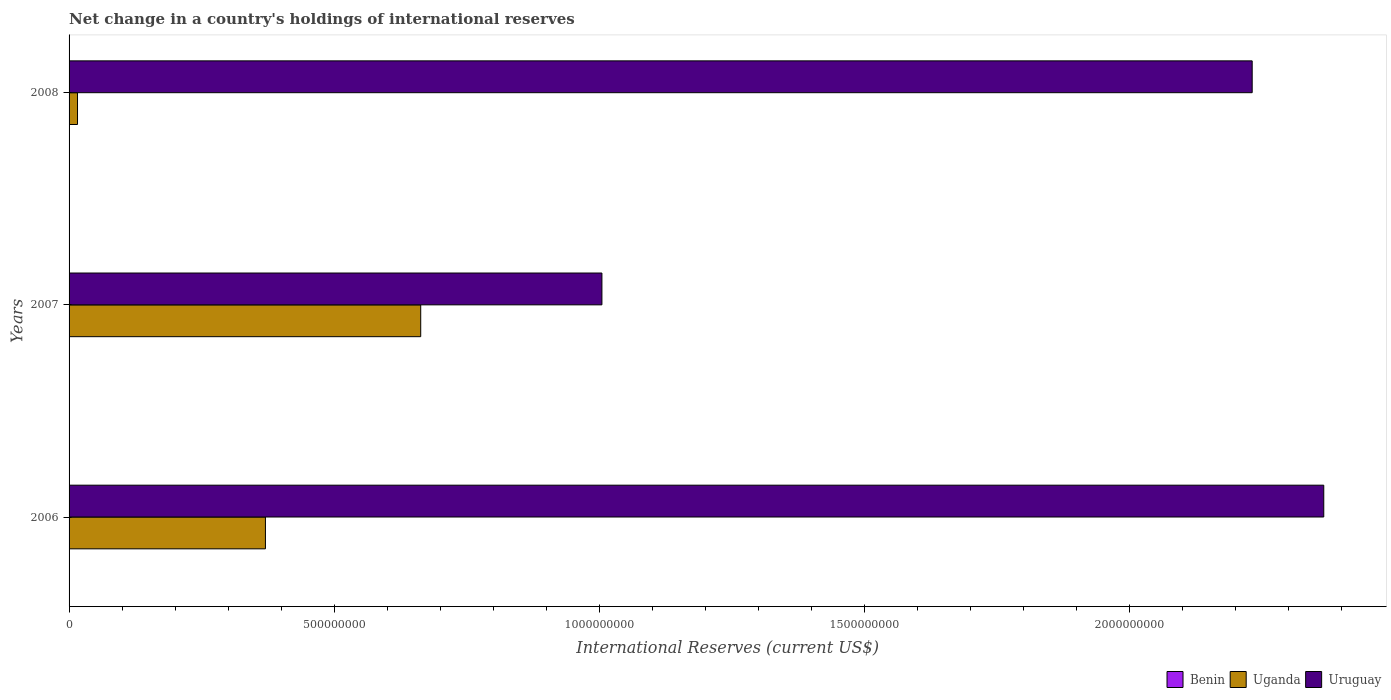
| Years | Benin | Uganda | Uruguay |
 | --- | --- | --- | --- |
 | 2006 | -1.12e+09 | 3.7e+08 | 2.37e+09 |
 | 2007 | -1.77e+08 | 6.64e+08 | 1.01e+09 |
 | 2008 | -1.48e+08 | 1.59e+07 | 2.23e+09 |